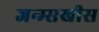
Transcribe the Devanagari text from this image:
जन्म्सखीस